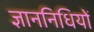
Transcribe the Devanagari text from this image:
ज्ञाननिधियों